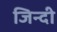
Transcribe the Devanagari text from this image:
जिन्दी